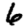
Digit: 6